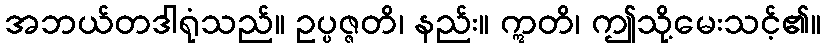
အဘယ်တဒါရုံသည်။ ဥပ္ပဇ္ဇတိ၊ နည်း။ ဣတိ၊ ဤသို့မေးသင့်၏။